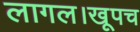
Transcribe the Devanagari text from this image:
लागल।खूपच